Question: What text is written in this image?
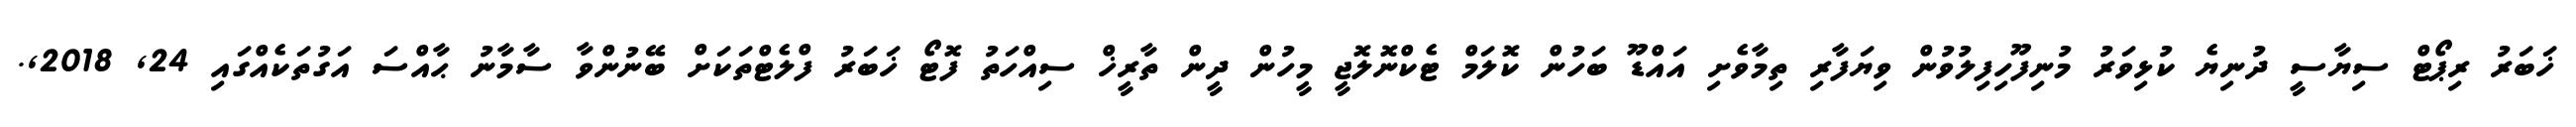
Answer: ޚަބަރު ރިޕޯޓް ސިޔާސީ ދުނިޔެ ކުޅިވަރު މުނިފޫހިފިލުވުން ވިޔަފާރި ތިމާވެށި އައްޑޫ ބަހުން ކޮލަމް ޓެކްނޮލޮޖީ މީހުން ދީން ތާރީޚް ސިއްހަތު ފޮޓޯ ޚަބަރު ފްލެޓްތަކަށް ބޭނުންވާ ސާމާނު ޙާއްސަ އަގުތަކެއްގައި 24, 2018,.